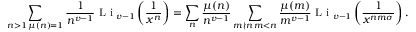
\sum _ { \substack { n > 1 \, \mu ( n ) = 1 } } \frac { 1 } { n ^ { v - 1 } } \textnormal { L i } _ { v - 1 } \left( \frac { 1 } { x ^ { n } } \right) = \sum _ { n } \frac { \mu ( n ) } { n ^ { v - 1 } } \sum _ { \substack { m \nmid n \, m < n } } \frac { \mu ( m ) } { m ^ { v - 1 } } \textnormal { L i } _ { v - 1 } \left( \frac { 1 } { x ^ { n m \sigma } } \right) .